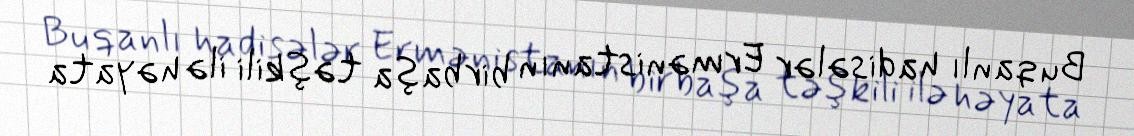
Bu qanlı hadisələr Ermənistanın birbaşa təşkili ilə həyata